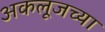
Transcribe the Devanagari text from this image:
अकलूजच्या